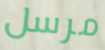
مرسل